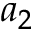
a _ { 2 }